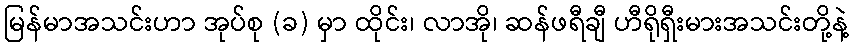
မြန်မာအသင်းဟာ အုပ်စု (ခ) မှာ ထိုင်း၊ လာအို၊ ဆန်ဖရီချီ ဟီရိုရှီးမားအသင်းတို့နဲ့